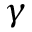
\gamma